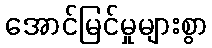
အောင်မြင်မှုများစွာ